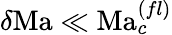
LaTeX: \delta\mathrm{Ma}\ll\mathrm{Ma}_{c}^{(fl)}